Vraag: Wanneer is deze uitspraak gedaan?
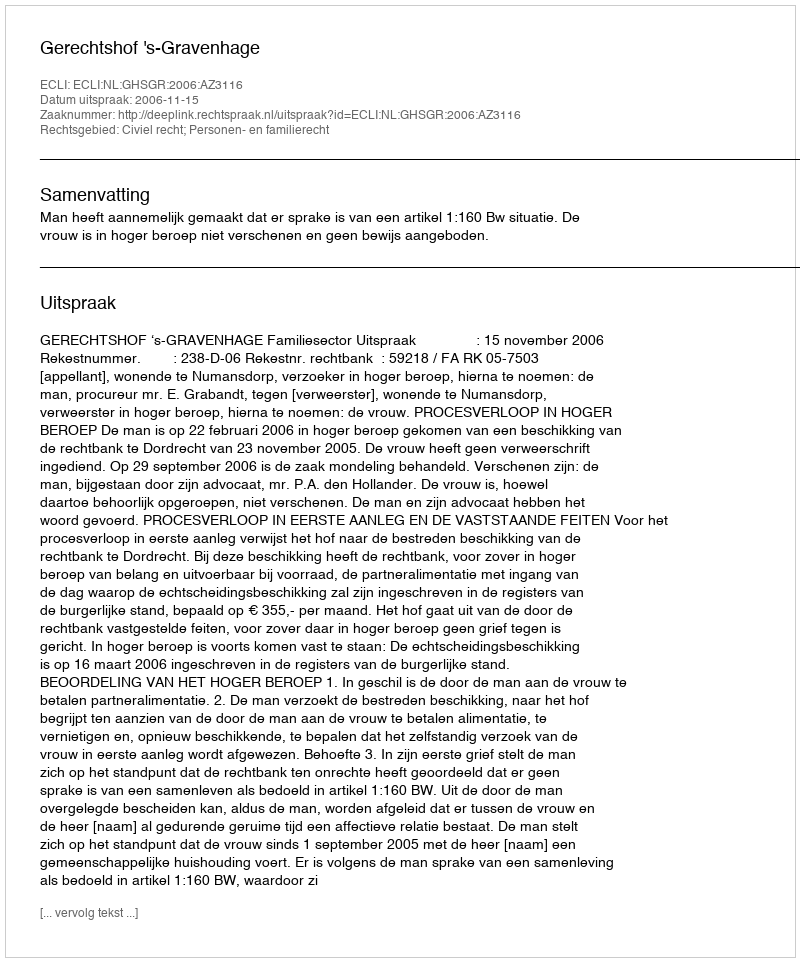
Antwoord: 2006-11-15